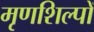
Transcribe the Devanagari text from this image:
मृणशिल्पों